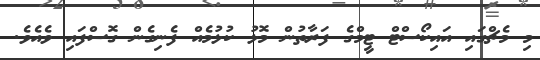
މި މެޗްގައި އައިކޯސްޓް ޓީމްގެ ފަރާތުން މޮޅު ކުޅުމެއް ފެނިގެން ގޮސްފައި ވެއެވެ.